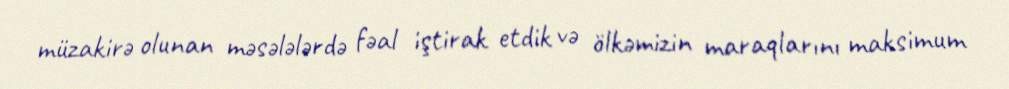
müzakirə olunan məsələlərdə fəal iştirak etdik və ölkəmizin maraqlarını maksimum